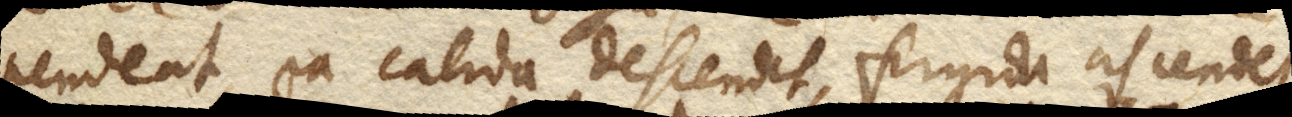
pendeat, ea calida descendet, frigida ascendet,